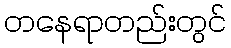
တနေရာတည်းတွင်